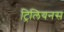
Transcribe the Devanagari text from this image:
ट्रिलियनस